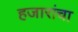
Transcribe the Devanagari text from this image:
हजारांचा